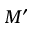
M ^ { \prime }